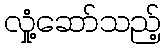
လှုံ့ဆော်သည့်